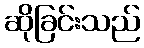
ဆိုခြင်းသည်